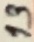
Text: 13